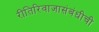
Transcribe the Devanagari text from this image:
रीतिरिवाजासंबंधीची